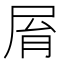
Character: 𡱑